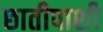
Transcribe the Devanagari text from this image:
छातीपाशी